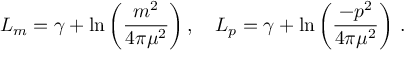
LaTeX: L _ { m } = \gamma + \ln \left( \frac { m ^ { 2 } } { 4 \pi \mu ^ { 2 } } \right) , \, \, \, \, \, \, L _ { p } = \gamma + \ln \left( \frac { - p ^ { 2 } } { 4 \pi \mu ^ { 2 } } \right) \, .